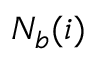
N _ { b } ( i )